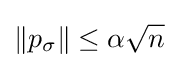
\|p_{\sigma }\|\leq \alpha {\sqrt {n}}